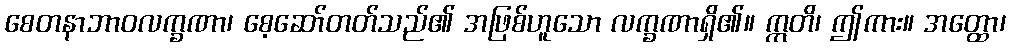
စေတနာဘာဝလက္ခဏာ၊ စေ့ဆော်တတ်သည်၏ အဖြစ်ဟူသော လက္ခဏာရှိ၏။ ဣတိ၊ ဤကား။ အတ္ထော၊